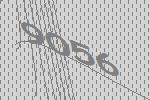
9056